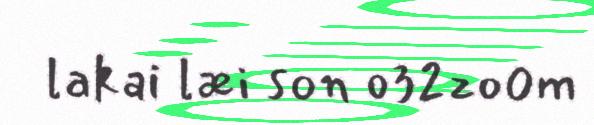
lakai læi son o32zo0m